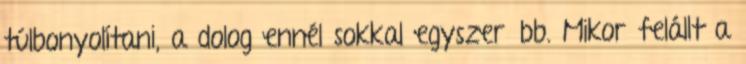
túlbonyolítani, a dolog ennél sokkal egyszerűbb. Mikor felállt a